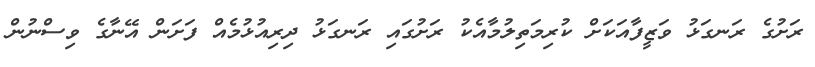
ރަށުގެ ރަނގަޅު ވަޒީފާއަކަށް ކުރިމަތިލުމާއެކު ރަށުގައި ރަނގަޅު ދިރިއުޅުމެއް ފަށަން އޭނާގެ ވިސްނުން